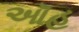
ઑહ